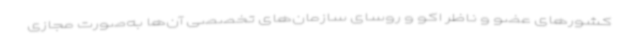
کشورهای عضو و ناظر اکو و روسای سازمان‌های تخصصی آن‌ها به‌صورت مجازی